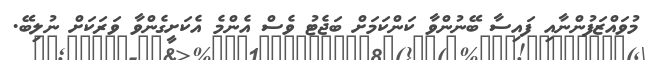
މުވައްޒަފުންނާއި ފައިސާ ބޭނުންވާ ކަންކަމަށް ބަޖެޓު ވެސް އެންމެ އެކަށީގެންވާ ވަރަކަށް ނުލިބޭ.